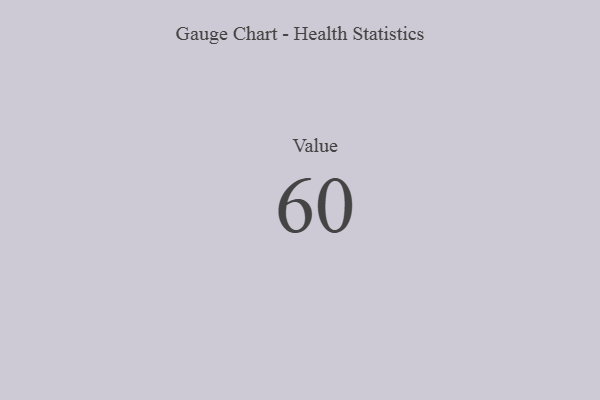
{"axis": {"x": "Metric", "y": "Value"}, "legend": [""], "data": [{"x": "Value", "y": 60, "type": ""}]}